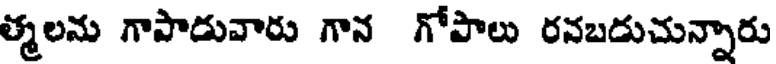
త్మలను గాపాడువారు గాన గోపాలు రనబడుచున్నారు